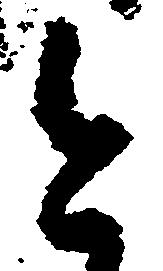
今